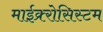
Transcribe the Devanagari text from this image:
माईक्र्रोसिस्टम